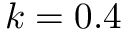
k = 0 . 4